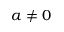
a \ne 0